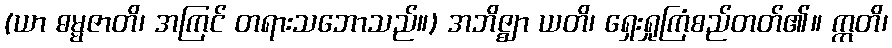
(ယာ ဓမ္မဇာတိ၊ အကြင် တရားသဘောသည်။) အဘိဇ္ဈာ ယတိ၊ ရှေးရှုကြံစည်တတ်၏။ ဣတိ၊